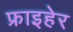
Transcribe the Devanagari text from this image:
फ्राइहेर